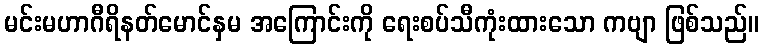
မင်းမဟာဂီရိနတ်မောင်နှမ အကြောင်းကို ရေးစပ်သီကုံးထားသော ကဗျာ ဖြစ်သည်။